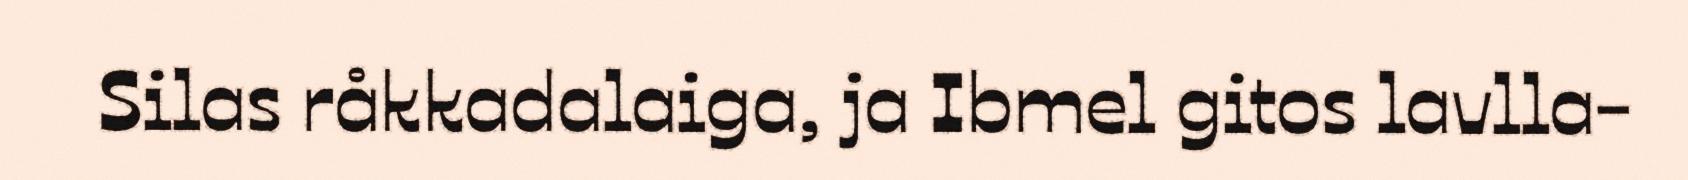
Silas råkkadalaiga, ja Ibmel gitos lavlla-